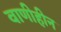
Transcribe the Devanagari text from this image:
वाणीहीन